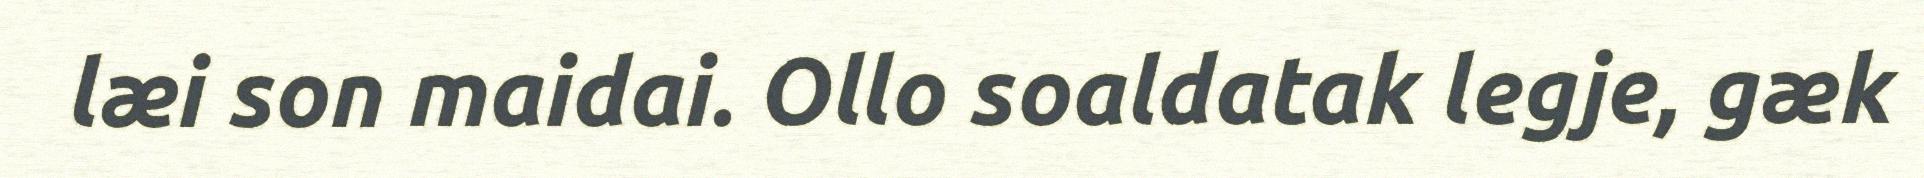
læi son maidai. Ollo soaldatak legje, gæk